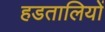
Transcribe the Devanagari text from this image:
हडतालियों